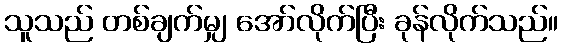
သူသည် တစ်ချက်မျှ အော်လိုက်ပြီး ခုန်လိုက်သည်။